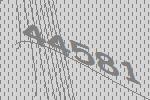
44581